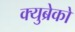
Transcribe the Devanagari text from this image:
क्युब्रेको